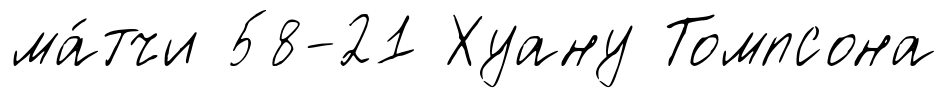
ма́тчи 58-21 Хуану Томпсона